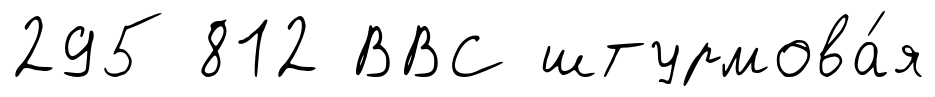
295 812 ВВС штурмова́я